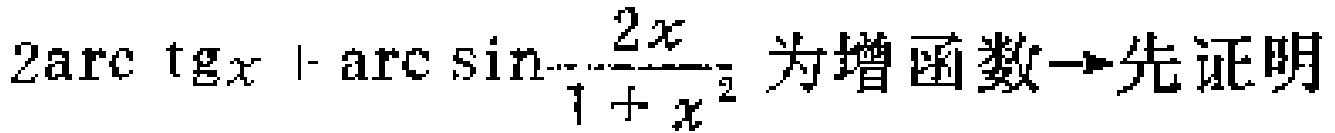
$2\mathrm{arc}\ \mathrm{tg}x+\mathrm{arc}\ \mathrm{sin}\frac{2x}{1 + x^{2}}为增函数\rightarrow先证明$